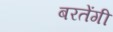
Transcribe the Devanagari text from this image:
बरतेंगी